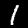
Digit: 1